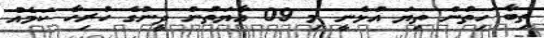
ތިބާ ހިތުން ތިޔަ އުޅެނީ މި 09 އާޔަތުން ދީނުގެ ހުރިހާ ކަމެއް